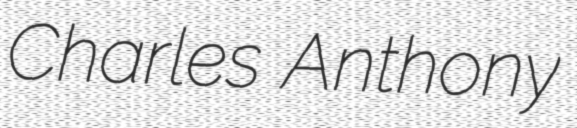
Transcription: Charles Anthony